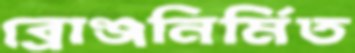
ব্রোঞ্জনির্মিত